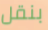
بنقل